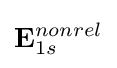
\mathbf {E} _{1s}^{nonrel}